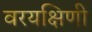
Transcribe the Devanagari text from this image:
वरयक्षिणी